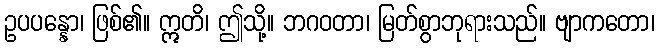
ဥပပန္နော၊ ဖြစ်၏။ ဣတိ၊ ဤသို့။ ဘဂဝတာ၊ မြတ်စွာဘုရားသည်။ ဗျာကတော၊